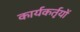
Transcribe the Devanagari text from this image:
कार्यकर्तृयों